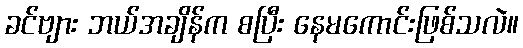
ခင်ဗျား ဘယ်အချိန်က စပြီး နေမကောင်းဖြစ်သလဲ။